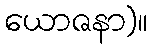
ယောဇနာ)။